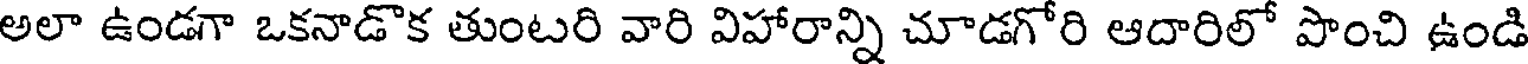
అలా ఉండగా ఒకనాడొక తుంటరి వారి విహారాన్ని చూడగోరి ఆదారిలో పొంచి ఉండి